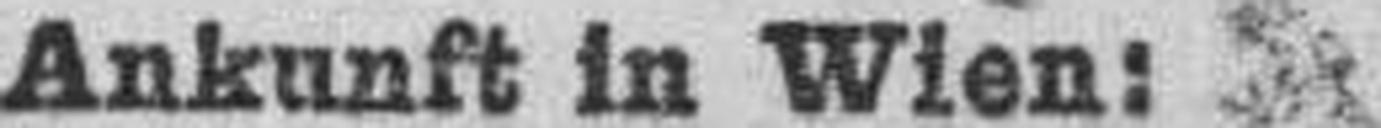
Ankunft in Wien: